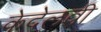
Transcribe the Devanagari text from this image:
केदेलवी